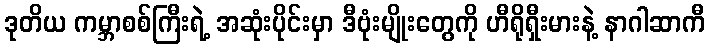
ဒုတိယ ကမ္ဘာစစ်ကြီးရဲ့ အဆုံးပိုင်းမှာ ဒီဗုံးမျိုးတွေကို ဟီရိုရှီးမားနဲ့ နာဂါဆာကီ